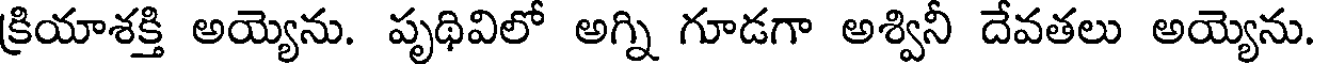
క్రియాశక్తి అయ్యెను. పృథివిలో అగ్ని గూడగా అశ్వినీ దేవతలు అయ్యెను.